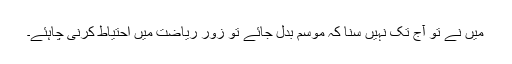
میں نے تو آج تک نہیں سنا کہ موسم بدل جائے تو زور ریاضت میں احتیاط کرنی چاہئے۔